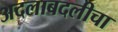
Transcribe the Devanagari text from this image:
अदलाबदलीचा